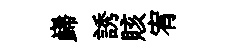
巋誘賅宥